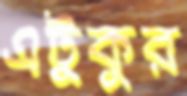
এটুকুর